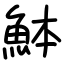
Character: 䱁